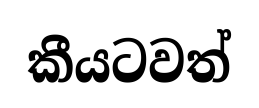
කීයටවත්